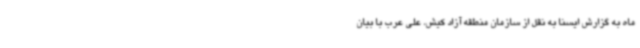
ماه به گزارش ایسنا به نقل از سازمان منطقه آزاد کیش، علی عرب با بیان